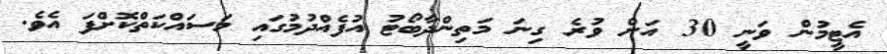
އެޓީމުން ވަނީ 30 އަށް ވުރެ ގިނަ މަތިންދާބޯޓު އުފެއްދުމުގައި މަސައްކަތްކޮށްފަ އެވެ.